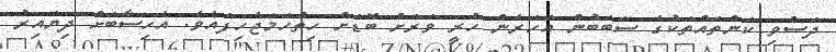
ދަސްވި ކަންތައްތަކުގެ ސަބަބުން އަހަރެން ހުރީ ވަރަށް ބޮޑަށް ހިތްހަމަޖެހިފައެވެ. އެހިސާބަށް ދިޔައިރު